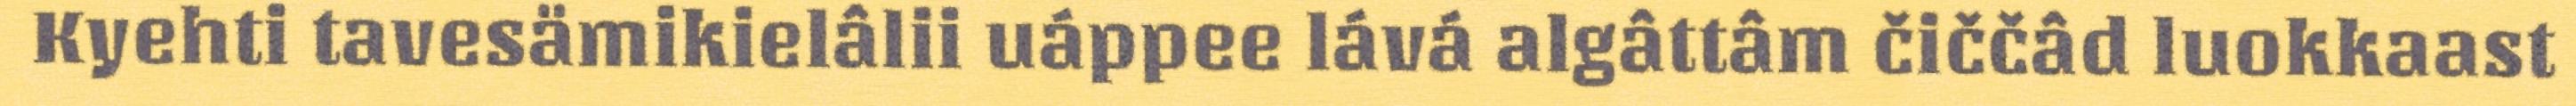
Kyehti tavesämikielâlii uáppee lává algâttâm čiččâd luokkaast